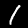
Label: 1